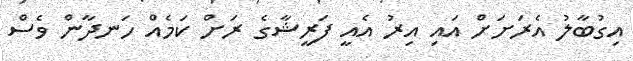
އިގުބާލު އެރަށަށް އައި އިރު އެއީ ފަރީޝާގެ ރަށް ކަމެއް ހަނދާން ވެސް